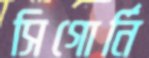
সিগোর্নি